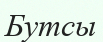
Бутсы